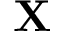
\mathbf { X }